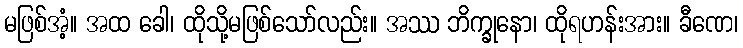
မဖြစ်အံ့။ အထ ခေါ၊ ထိုသို့မဖြစ်သော်လည်း။ အဿ ဘိက္ခုနော၊ ထိုရဟန်းအား။ ခီဏေ၊